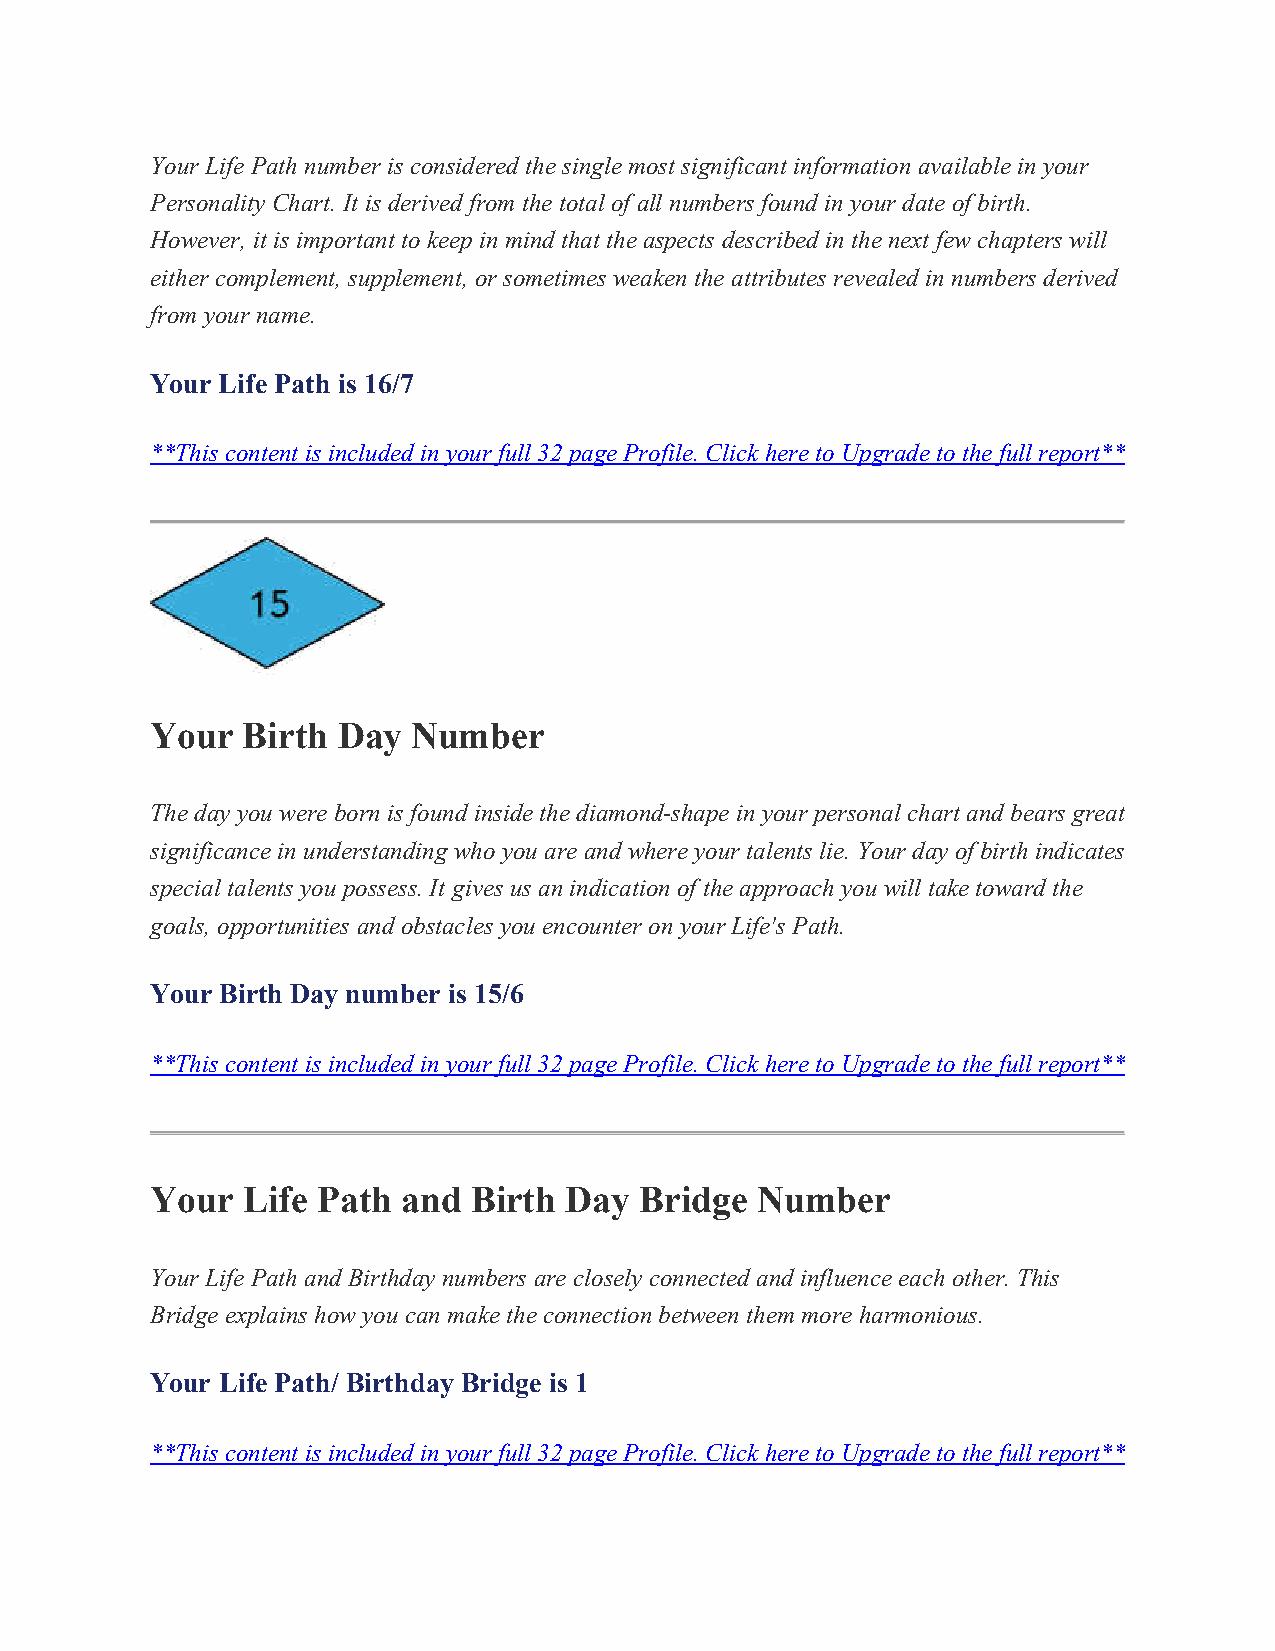
Your Life Path number is considered the single most significant information available in your
 Personality Chart. It is derived from the total of all numbers found in your date of birth.
 However, it is important to keep in mind that the aspects described in the next few chapters will
 either complement, supplement, or sometimes weaken the attributes revealed in numbers derived
 from your name.
 Your Life Path is 16/7
 **This content is included in your full 32 page Profile. Click here to Upgrade to the full report**
 Your  Birth Day  Number
 The day you were born is found inside the diamond-shape in your personal chart and bears great
 significance in understanding who you are and where your talents lie. Your day of birth indicates
 special talents you possess. It gives us an indication of the approach you will take toward the
 goals, opportunities and obstacles you encounter on your Life's Path.
 Your Birth Day number is 15/6
 **This content is included in your full 32 page Profile. Click here to Upgrade to the full report**
 Your  Life Path  and Birth Day  Bridge  Number
 Your Life Path and Birthday numbers are closely connected and influence each other. This
 Bridge explains how you can make the connection between them more harmonious.
 Your Life Path/ Birthday Bridge is 1
 **This content is included in your full 32 page Profile. Click here to Upgrade to the full report**